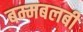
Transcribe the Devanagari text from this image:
बम्मबलबी